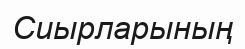
Сиырларының